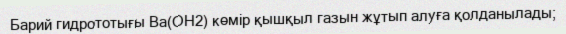
Барий гидрототығы Ba(OH2) көмір қышқыл газын жұтып алуға қолданылады;